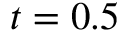
t = 0 . 5